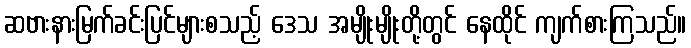
ဆဗားနားမြက်ခင်းပြင်များစသည့် ဒေသ အမျိုးမျိုးတို့တွင် နေထိုင် ကျက်စားကြသည်။